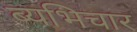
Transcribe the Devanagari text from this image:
ब्यभिचार